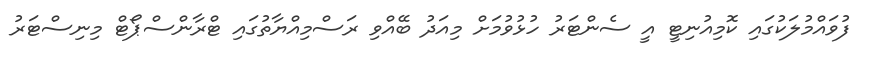
ފުވައްމުލަކުގައި ކޮމިއުނިޓީ އީ ސެންޓަރު ހުޅުވުމަށް މިއަދު ބޭއްވި ރަސްމިއްޔާތުގައި ޓްރާންސްޕޯޓް މިނިސްޓަރު